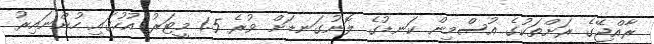
ރާއްޖޭގެ ރަށްތަކުގެ އުސްމިން ކަނޑުގެ ލޮނުގަނޑަށް ވުރެ 1.5 މީޓަރު އުހުގައި ހުންނައިރު